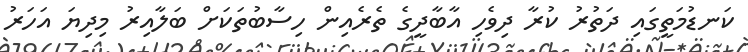
ކަނޑުމަތީގައި ދަތުރު ކުރާ ދިވެހި އާބާދީގެ ތެރެއިން ހިސާބުތަކަށް ބަލާއިރު މިދިޔަ އަހަރު